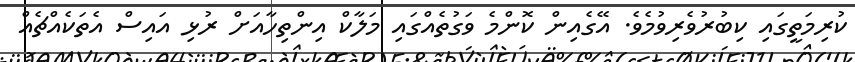
ކުރިމަތީގައި ކިބުރުވެރިވުމެވެ. އޭގެއިން ކޮންމެ ވަގުތެއްގައި މަލާކް އިންތިހާއަށް ރުޅި އައިސް އެތަކެއްޗެއް